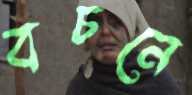
বচনে